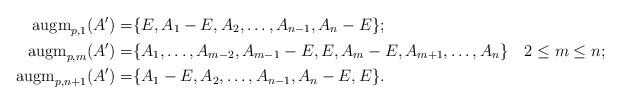
LaTeX: \begin{align*}{\rm augm}_{p,1}(A')=&\{E,A_1-E,A_2,\ldots, A_{n-1},A_n-E\};\\{\rm augm}_{p,m}(A')=&\{A_1,\ldots,A_{m-2}, A_{m-1}-E,E,A_{m}-E,A_{m+1},\ldots,A_n\}\quad2\le m\le n;\\{\rm augm}_{p,n+1}(A')=&\{A_1-E,A_2,\ldots, A_{n-1},A_n-E,E\}.\end{align*}